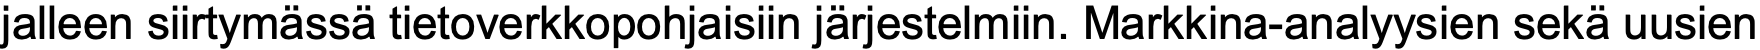
jalleen siirtymässä tietoverkkopohjaisiin järjestelmiin. Markkina-analyysien sekä uusien